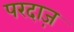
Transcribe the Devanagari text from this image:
परदाज़